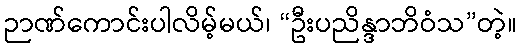
ဉာဏ်ကောင်းပါလိမ့်မယ်၊ “ဦးပညိန္ဒာဘိဝံသ”တဲ့။